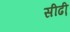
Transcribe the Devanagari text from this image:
सीढी़